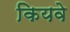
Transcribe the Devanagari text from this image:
कियवे